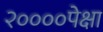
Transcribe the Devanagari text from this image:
२००००पेक्षा